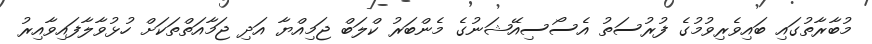
މުބާރާތުގައި ބައިވެރިވުމުގެ ފުރުސަތު އެސޯސިއޭޝަނުގެ މެންބަރު ކްލަބް ޖަމިއްޔާ އަދި ޖަމާއަތްތަކަށް ހުޅުވާލާފައިވާއިރު